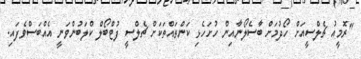
"ރޮމީއު ޗެލްސީއަށް ހޯދުމަށް ބާސެލޯނާއިން ހުށަހެޅި ކަންތައްތަކަށް ޗެލްސީ ފުޓްބޯލް ކްލަބުންވަނީ އެއްބަސްވެފައި.